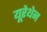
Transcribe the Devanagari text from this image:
यूरेथेन